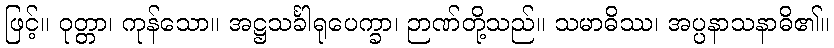
ဖြင့်။ ဝုတ္တာ၊ ကုန်သော။ အဋ္ဌသင်္ခါရုပေက္ခာ၊ ဉာဏ်တို့သည်။ သမာဓိဿ၊ အပ္ပနာသနာဓိ၏။